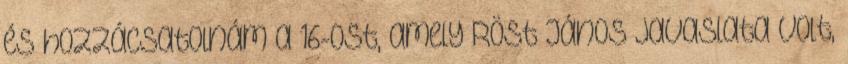
és hozzácsatolnám a 16-ost, amely Röst János javaslata volt,